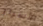
الأسرار